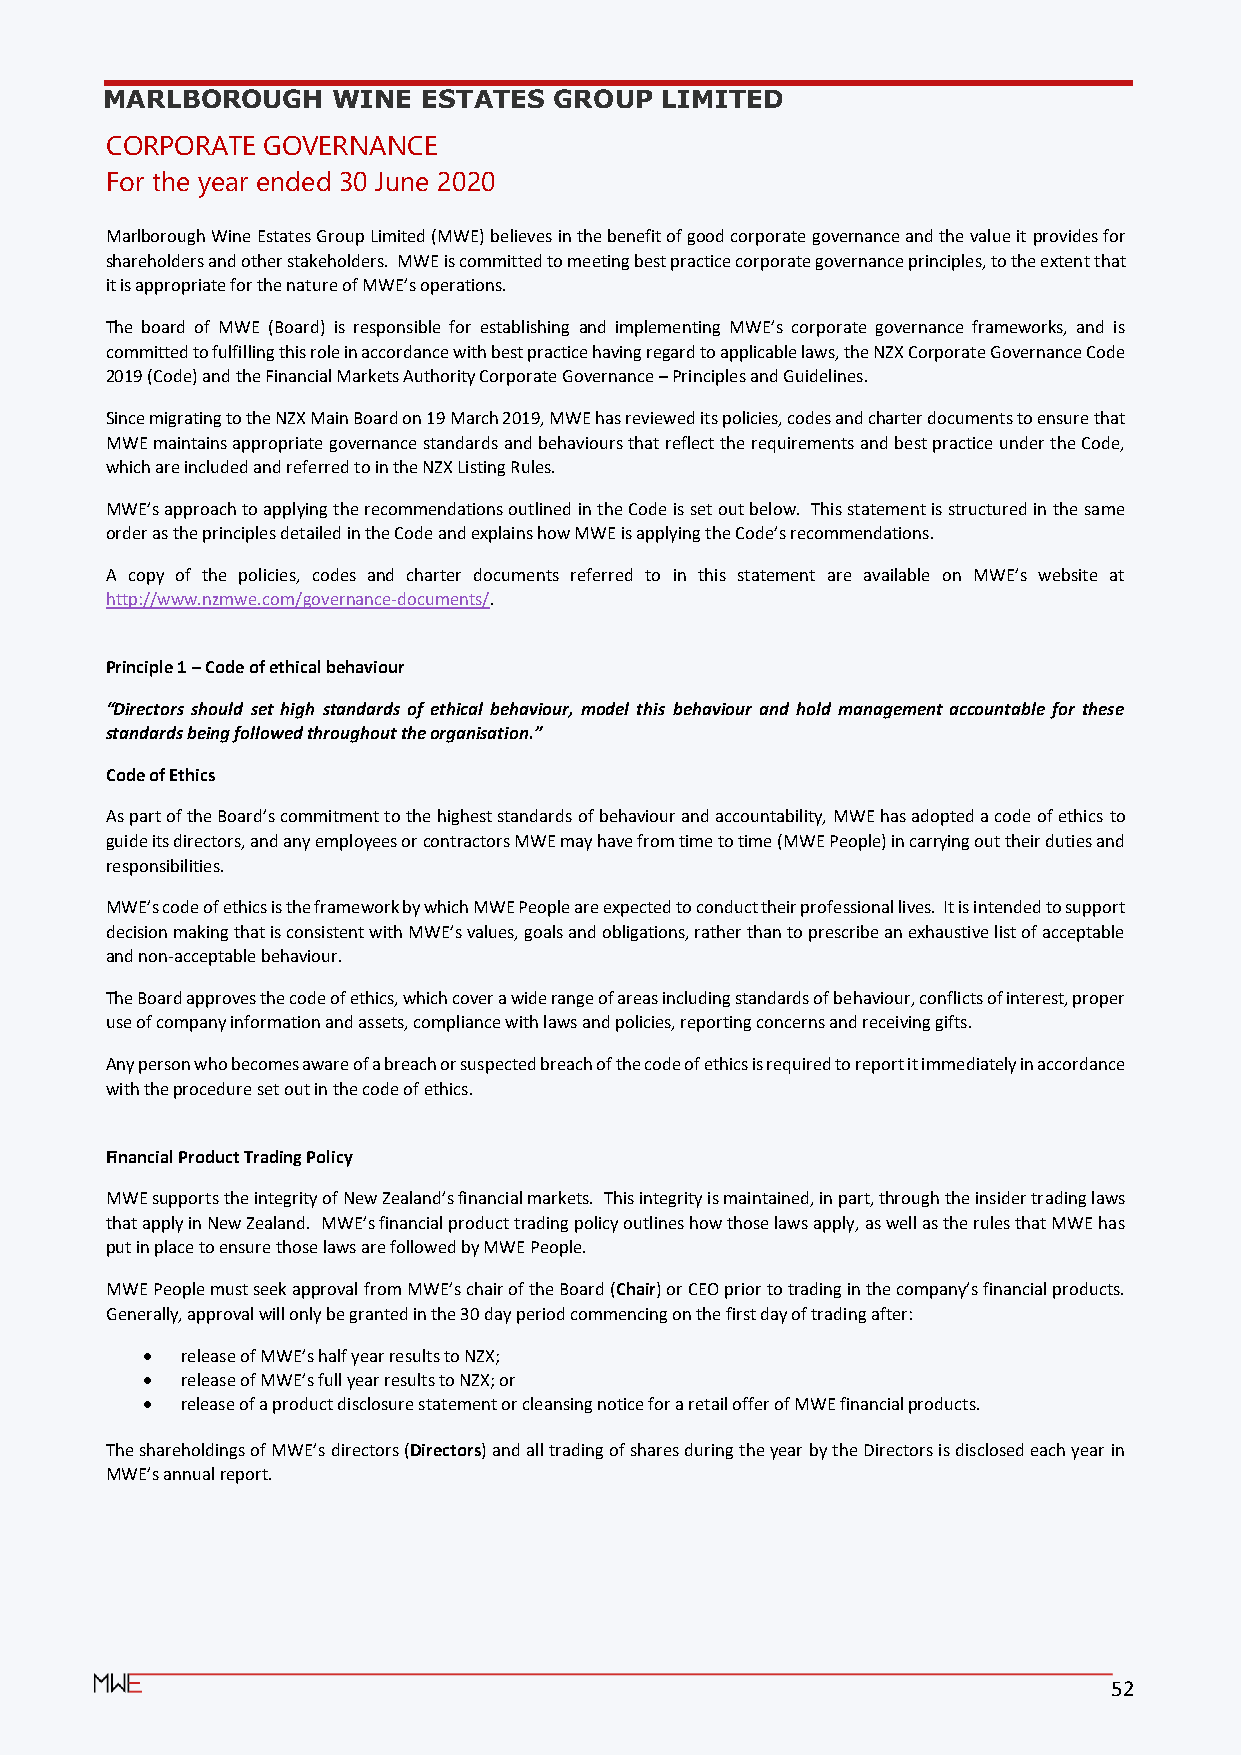
MARLBOROUGH    WINE  ESTATES  GROUP  LIMITED
 CORPORATE GOVERNANCE
 For the year ended 30 June 2020
 Marlborough Wine Estates Group Limited (MWE) believes in the benefit of good corporate governance and the value it provides for
 shareholders and other stakeholders. MWE is committed to meeting best practice corporate governance principles, to the extent that
 it is appropriate for the nature of MWE’s operations.
 The board of MWE (Board) is responsible for establishing and implementing MWE’s corporate governance frameworks, and is
 committed to fulfilling this role in accordance with best practice having regard to applicable laws, the NZX Corporate Governance Code
 2019 (Code) and the Financial Markets Authority Corporate Governance – Principles and Guidelines.
 Since migrating to the NZX Main Board on 19 March 2019, MWE has reviewed its policies, codes and charter documents to ensure that
 MWE maintains appropriate governance standards and behaviours that reflect the requirements and best practice under the Code,
 which are included and referred to in the NZX Listing Rules.
 MWE’s approach to applying the recommendations outlined in the Code is set out below. This statement is structured in the same
 order as the principles detailed in the Code and explains how MWE is applying the Code’s recommendations.
 A copy of the policies, codes and charter documents referred to in this statement are available on MWE’s website at
 http://www.nzmwe.com/governance-documents/.
 Principle 1 – Code of ethical behaviour
 “Directors should set high standards of ethical behaviour, model this behaviour and hold management accountable for these
 standards being followed throughout the organisation.”
 Code of Ethics
 As part of the Board’s commitment to the highest standards of behaviour and accountability, MWE has adopted a code of ethics to
 guide its directors, and any employees or contractors MWE may have from time to time (MWE People) in carrying out their duties and
 responsibilities.
 MWE’s code of ethics is the framework by which MWE People are expected to conduct their professional lives. It is intended to support
 decision making that is consistent with MWE’s values, goals and obligations, rather than to prescribe an exhaustive list of acceptable
 and non-acceptable behaviour.
 The Board approves the code of ethics, which cover a wide range of areas including standards of behaviour, conflicts of interest, proper
 use of company information and assets, compliance with laws and policies, reporting concerns and receiving gifts.
 Any person who becomes aware of a breach or suspected breach of the code of ethics is required to report it immediately in accordance
 with the procedure set out in the code of ethics.
 Financial Product Trading Policy
 MWE supports the integrity of New Zealand’s financial markets. This integrity is maintained, in part, through the insider trading laws
 that apply in New Zealand. MWE’s financial product trading policy outlines how those laws apply, as well as the rules that MWE has
 put in place to ensure those laws are followed by MWE People.
 MWE People must seek approval from MWE’s chair of the Board (Chair) or CEO prior to trading in the company’s financial products.
 Generally, approval will only be granted in the 30 day period commencing on the first day of trading after:
 •  release of MWE’s half year results to NZX;
 •  release of MWE’s full year results to NZX; or
 •  release of a product disclosure statement or cleansing notice for a retail offer of MWE financial products.
 The shareholdings of MWE’s directors (Directors) and all trading of shares during the year by the Directors is disclosed each year in
 MWE’s annual report.
 52